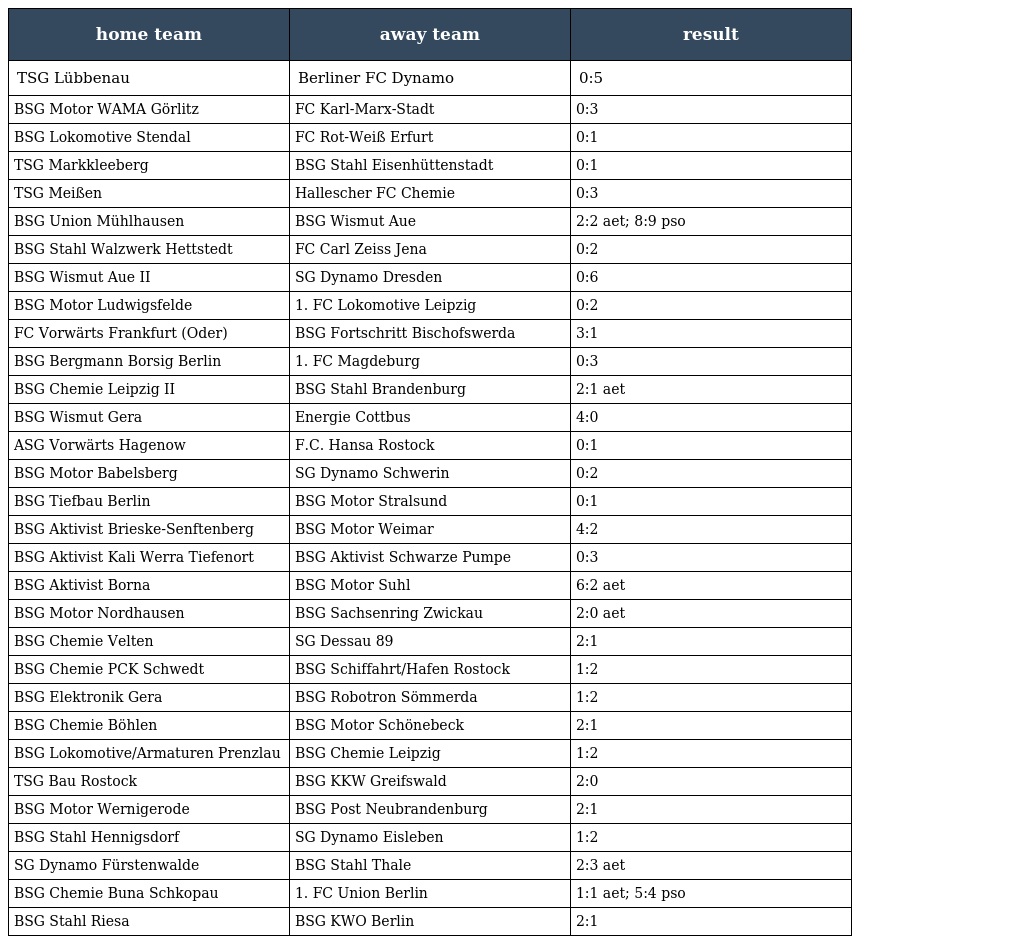
| home team | away team | result |
 | --- | --- | --- |
 | TSG Lübbenau | Berliner FC Dynamo | 0:5 |
 | BSG Motor WAMA Görlitz | FC Karl-Marx-Stadt | 0:3 |
 | BSG Lokomotive Stendal | FC Rot-Weiß Erfurt | 0:1 |
 | TSG Markkleeberg | BSG Stahl Eisenhüttenstadt | 0:1 |
 | TSG Meißen | Hallescher FC Chemie | 0:3 |
 | BSG Union Mühlhausen | BSG Wismut Aue | 2:2 aet; 8:9 pso |
 | BSG Stahl Walzwerk Hettstedt | FC Carl Zeiss Jena | 0:2 |
 | BSG Wismut Aue II | SG Dynamo Dresden | 0:6 |
 | BSG Motor Ludwigsfelde | 1. FC Lokomotive Leipzig | 0:2 |
 | FC Vorwärts Frankfurt (Oder) | BSG Fortschritt Bischofswerda | 3:1 |
 | BSG Bergmann Borsig Berlin | 1. FC Magdeburg | 0:3 |
 | BSG Chemie Leipzig II | BSG Stahl Brandenburg | 2:1 aet |
 | BSG Wismut Gera | Energie Cottbus | 4:0 |
 | ASG Vorwärts Hagenow | F.C. Hansa Rostock | 0:1 |
 | BSG Motor Babelsberg | SG Dynamo Schwerin | 0:2 |
 | BSG Tiefbau Berlin | BSG Motor Stralsund | 0:1 |
 | BSG Aktivist Brieske-Senftenberg | BSG Motor Weimar | 4:2 |
 | BSG Aktivist Kali Werra Tiefenort | BSG Aktivist Schwarze Pumpe | 0:3 |
 | BSG Aktivist Borna | BSG Motor Suhl | 6:2 aet |
 | BSG Motor Nordhausen | BSG Sachsenring Zwickau | 2:0 aet |
 | BSG Chemie Velten | SG Dessau 89 | 2:1 |
 | BSG Chemie PCK Schwedt | BSG Schiffahrt/Hafen Rostock | 1:2 |
 | BSG Elektronik Gera | BSG Robotron Sömmerda | 1:2 |
 | BSG Chemie Böhlen | BSG Motor Schönebeck | 2:1 |
 | BSG Lokomotive/Armaturen Prenzlau | BSG Chemie Leipzig | 1:2 |
 | TSG Bau Rostock | BSG KKW Greifswald | 2:0 |
 | BSG Motor Wernigerode | BSG Post Neubrandenburg | 2:1 |
 | BSG Stahl Hennigsdorf | SG Dynamo Eisleben | 1:2 |
 | SG Dynamo Fürstenwalde | BSG Stahl Thale | 2:3 aet |
 | BSG Chemie Buna Schkopau | 1. FC Union Berlin | 1:1 aet; 5:4 pso |
 | BSG Stahl Riesa | BSG KWO Berlin | 2:1 |